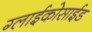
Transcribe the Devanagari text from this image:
ग्लाईकोसाईड